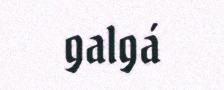
galgá